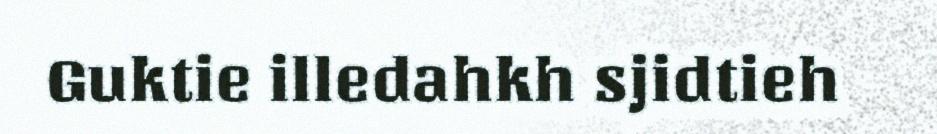
Guktie illedahkh sjidtieh